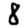
Digit: 8